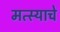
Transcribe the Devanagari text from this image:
मत्स्याचे